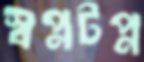
স্বপ্নটপ্ন